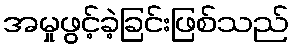
အမှုဖွင့်ခဲ့ခြင်းဖြစ်သည်